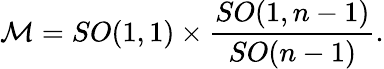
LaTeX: {\cal M}={SO(1,1)}\times{\frac{SO(1,n-1)}{SO(n-1)}}.